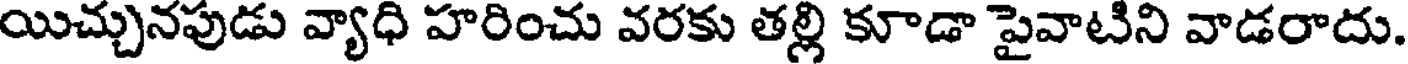
యిచ్చునపుడు వ్యాధి హరించు వరకు తల్లి కూడా పైవాటిని వాడరాదు.